Vaccination in the Punjab 1905-1918 - 1905-1918
Year: 1905
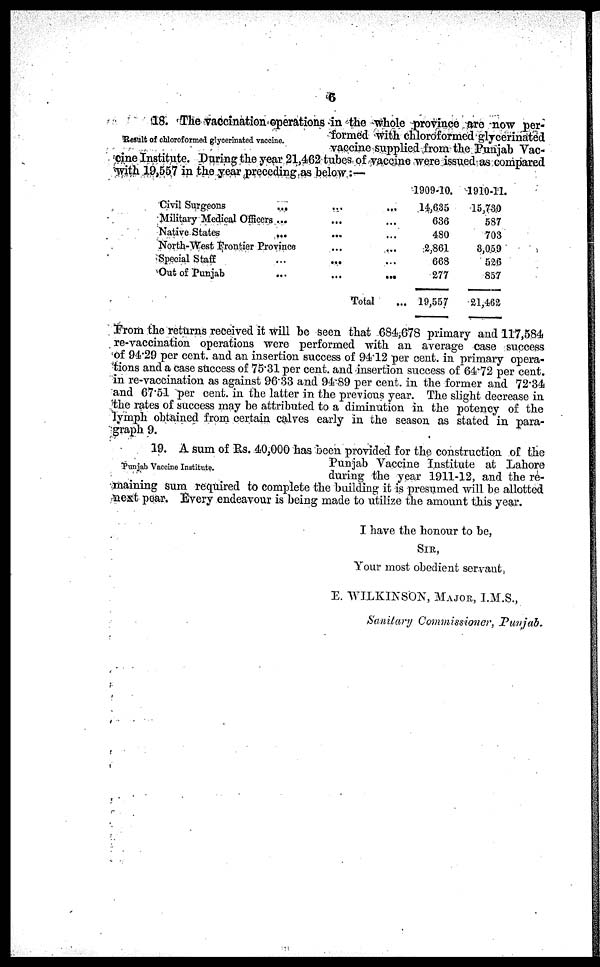
6
Result of chloroformed glycerinated vaccine.
18. The vaccination-operations in the whole province are now per-
formed with chlordformed glycerinated
vaccine supplied from the Punjab Vac-
cine Institute. During the year 21,462 tubes of vaccine were issued as compared
with 19,557 in the year preceding as below:—
Civil Surgeons
...
...
...
Military Medical Officers ... ... ...
Native States ... ... ... ...
North-West Frontier Province ... ...
Special Staff
...
... ...
Out of Punjab
...
...
...
Total ...
1909-10.
14,635
636
480
2,861
668
277
19,557
1910-11.
15,730
587
703
3,059
526
857
21,462
From the returns received it will be seen that 684,678 primary and 117,584
re-vaccination operations were performed with an average case success
of 94.29 per cent. and an insertion success of 94.12 per cent. in primary opera-
tions and a case success of 75.31 per cent. and insertion success of 64.72 per cent.
in re-vaccination as against 96.33 and 94.89 per cent. in the former and 72.34
and 67.51 per cent. in the latter in the previous year. The slight decrease in
the rates of success may be attributed to a diminution in the potency of the
lymph obtained from certain calves early in the season as stated in para-
graph 9.
Punjab Vaccine Institute.
19. A sum of Rs. 40,000 has been provided for the construction of the
Punjab Vaccine Institute at Lahore
during the year 1911-12, and the re-
maining sum required to complete the building it is presumed will be allotted
next pear. Every endeavour is being made to utilize the amount this year.
I have the honour to be,
SIR,
Your most obedient servant,
E. WILKINSON, MAJOR, I.M.S.,
Sanitary Commissioner, Punjab.